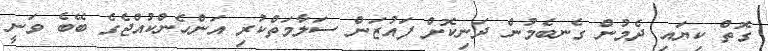
ގޮތް ކިޔައި ދެމުން ގެނބެމުން ދަނިކޮށް ފައުޒަން ސަލާމަތްކުރި އަންހެންކުއްޖެގެ ބޭބެ ވަނީ